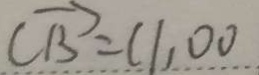
\overrightarrow { C B } = 1 1 , 0 0